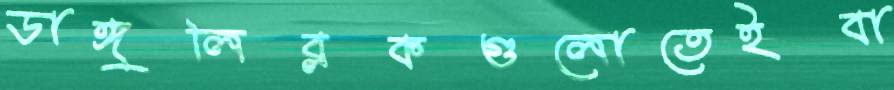
ডাঙ্গুলিব্লকগুলোতেইবা